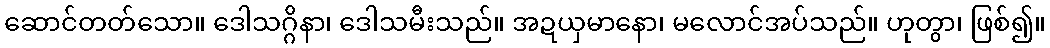
ဆောင်တတ်သော။ ဒေါသဂ္ဂိနာ၊ ဒေါသမီးသည်။ အဍယှမာနော၊ မလောင်အပ်သည်။ ဟုတွာ၊ ဖြစ်၍။